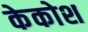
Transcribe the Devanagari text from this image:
केकोश